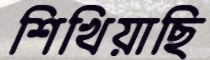
শিখিয়াছি